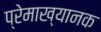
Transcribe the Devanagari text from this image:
प्रेमाख्यानक